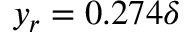
y _ { r } = 0 . 2 7 4 \delta